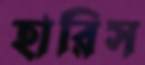
হারিস